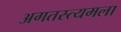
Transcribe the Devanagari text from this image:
अगतस्त्यमला